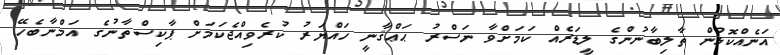
އަނެއްކޮޅުން ތާލިބާނުންގެ ލީޑަރެއް ކަމަށްވާ ނަސްރު ޙަޢްޤާނީ ހައްޔަރު ކުރެވިއްޖެކަމަށް ޕާކިސްތާނުގެ އަމްނާބެހޭ